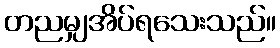
တညမျှအိပ်ရသေးသည်။